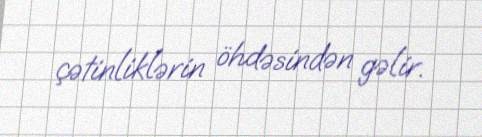
çətinliklərin öhdəsindən gəlir.